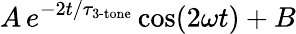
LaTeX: A\, e^{-2t/\tau_{\textrm{3-tone}}}\cos(2\omega t)+B